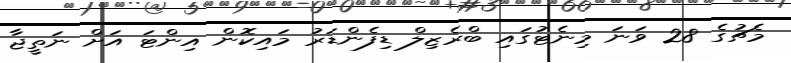
މެޗުގެ 28 ވަނަ މިނެޓުގައި ބްރެޒިލް ޑިފެންޑަރު މައިކޮން އިންޓަ އަށް ނަތީޖާ